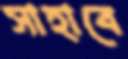
সাহাবে